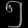
Digit: ၅